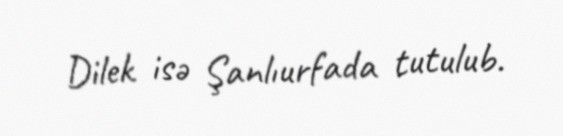
Dilek isə Şanlıurfada tutulub.